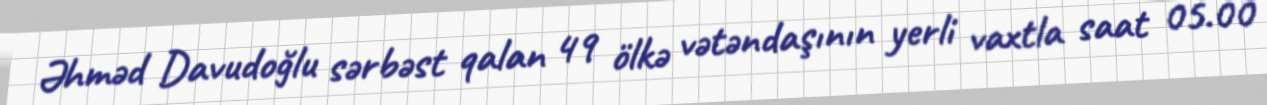
Əhməd Davudoğlu sərbəst qalan 49 ölkə vətəndaşının yerli vaxtla saat 05.00